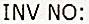
INV NO: